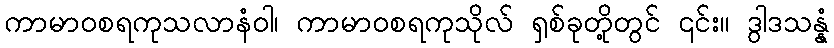
ကာမာဝစရကုသလာနံဝါ၊ ကာမာဝစရကုသိုလ် ရှစ်ခုတို့တွင် ၎င်း။ ဒွါဒသန္နံ